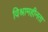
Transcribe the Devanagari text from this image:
विश्रामहीनता